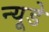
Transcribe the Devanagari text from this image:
न्यूडे